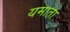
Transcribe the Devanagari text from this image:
यमाता